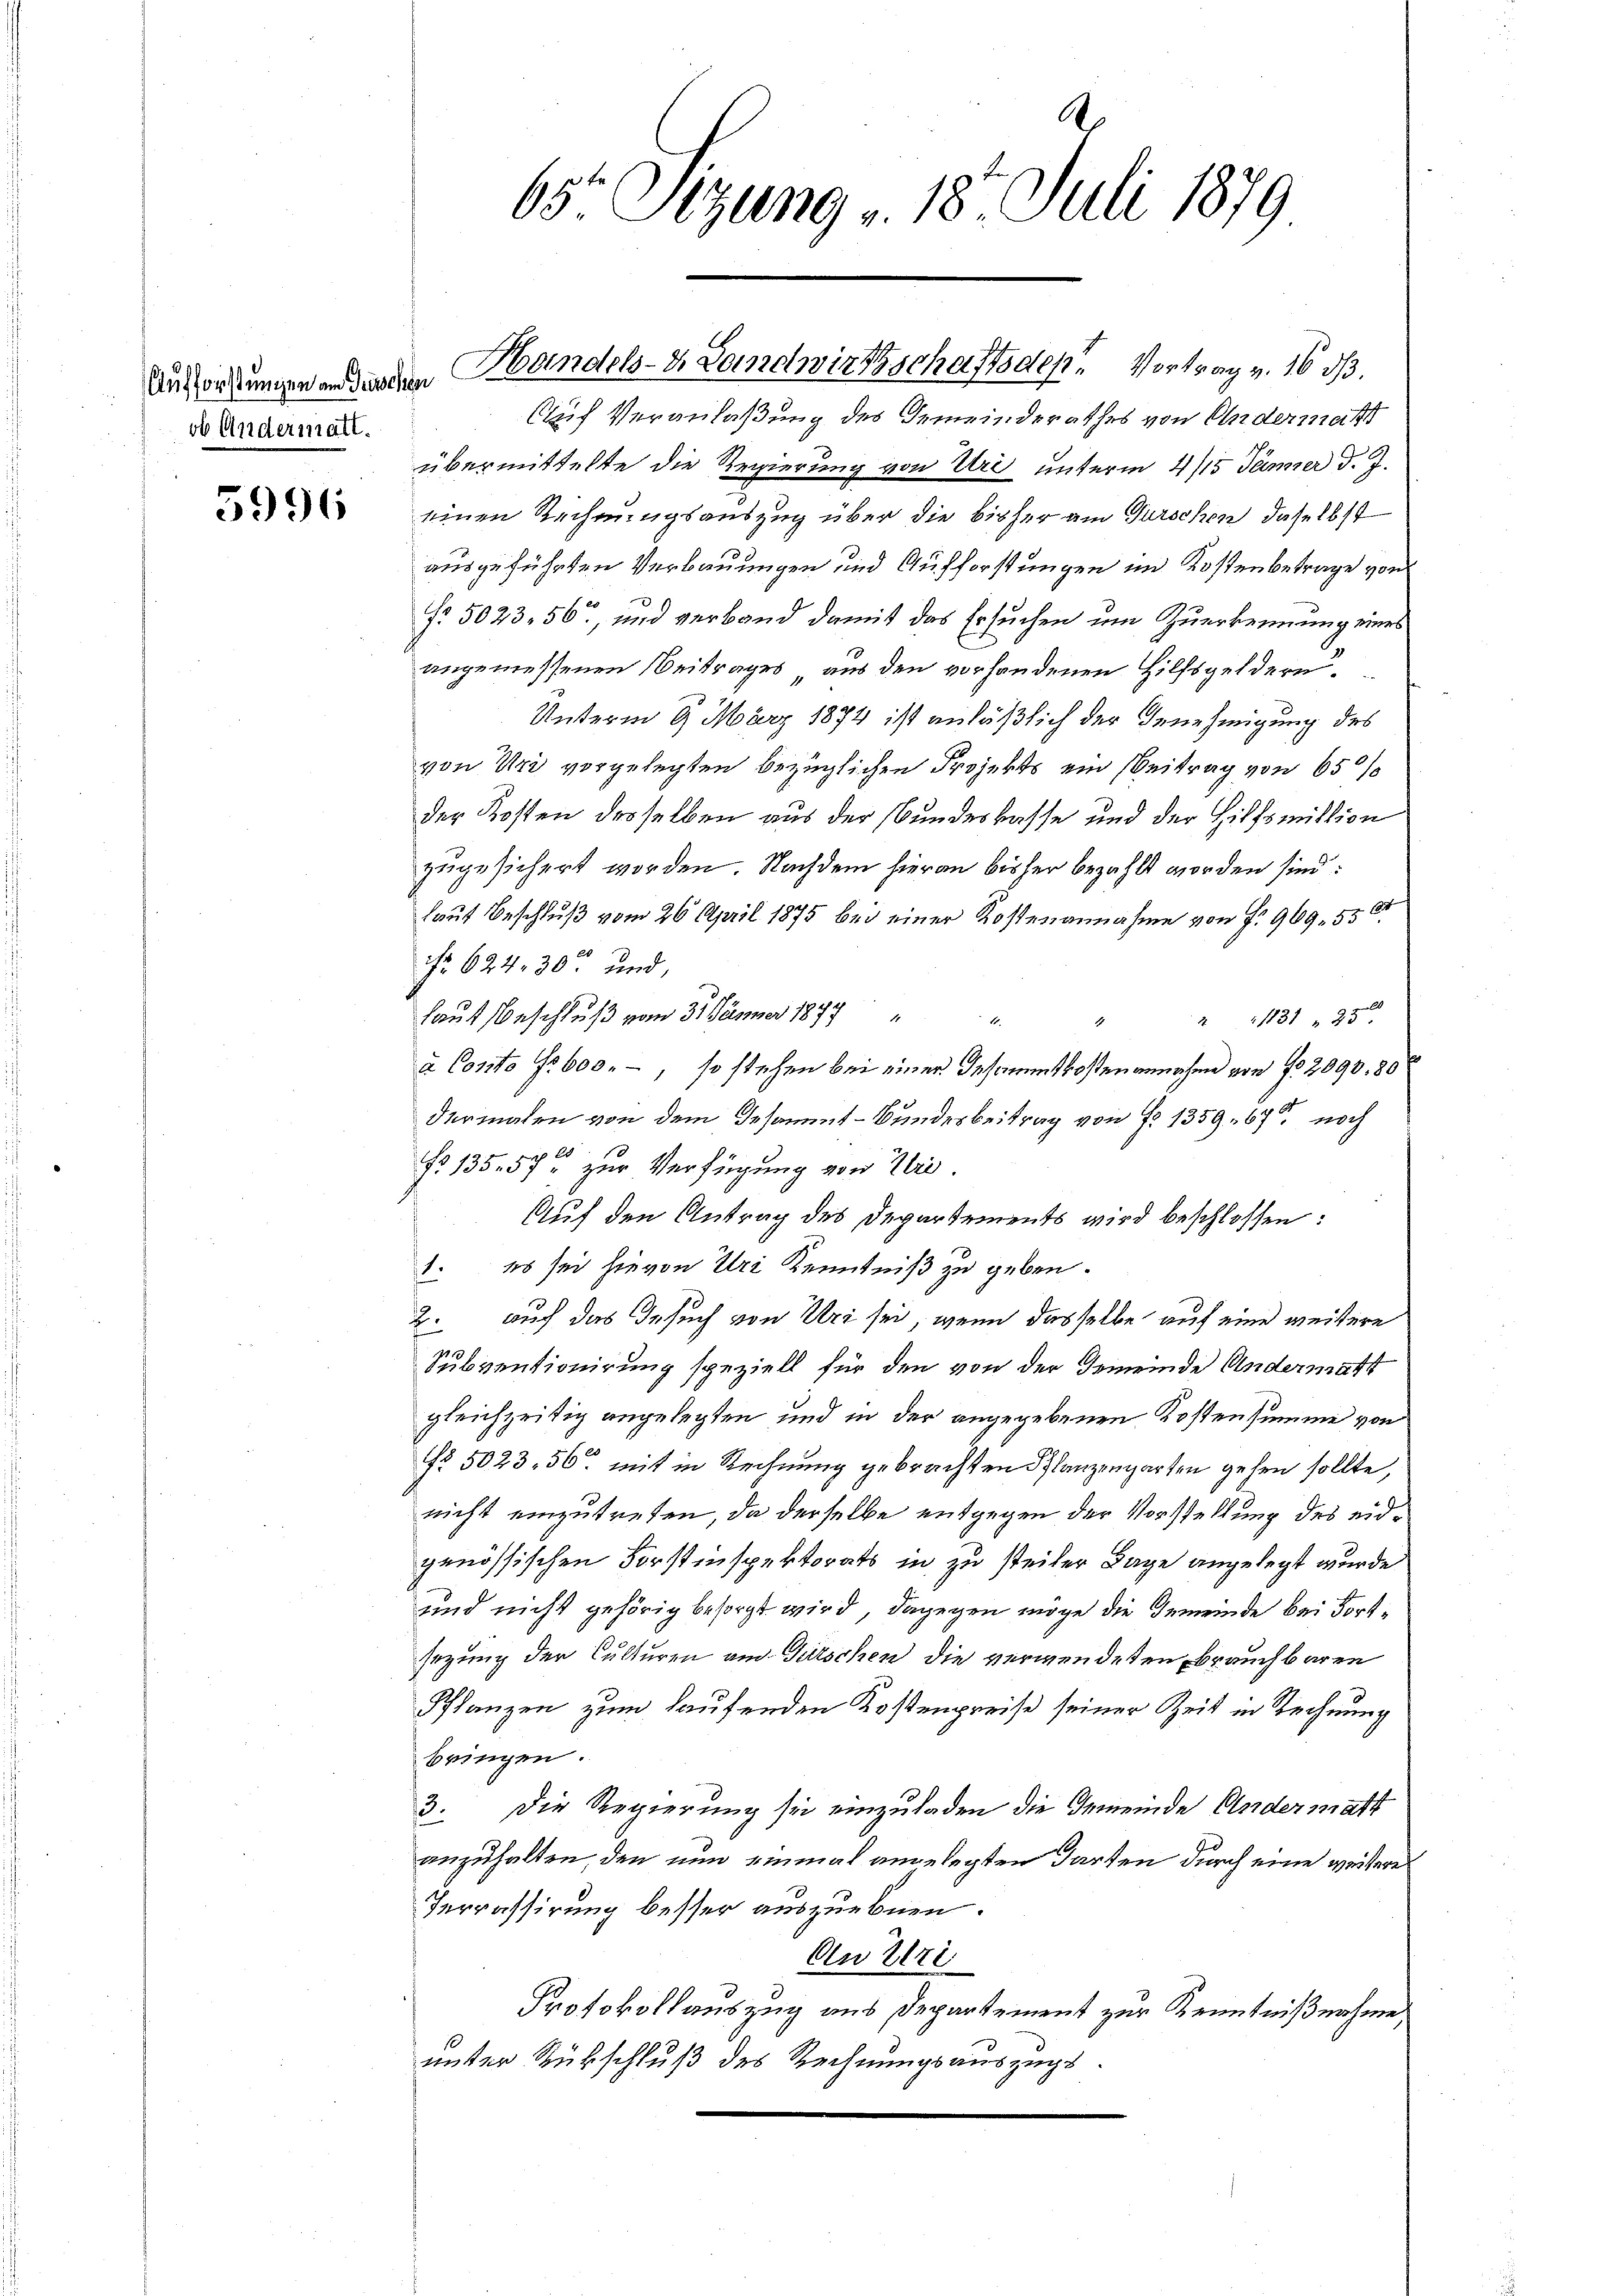
ob Andermatt.

Auf Veranlaßung des Gemeinderathes von Andermatt
übermittelte die Regierung von Uri unterm 4/15 Jänner d. J.
 einen Rechnŭngsauszug über die bisher am Gurschen daselbst
ausgeführten Verbauungen und Aufforstungen im Kostenbetrage von
§. 5023, 56, und verband damit das Ersuchen um Zuerkennung eines
angemessenen Beitrages, aus den vorhandenen Hilfsgeldern,
Unterm 9. März 1874 ist anläßlich der Genehmigung des
von Uri vorgelegten bezüglichen Projekts ein Beitrag von 650%
der Kosten desselben aus der Bundeskasse und der Hilfsmittion
zugesichert worden. Nachdem hieran bisher bezahlt worden sind:
laut Beschluß vom 26. April 1875 bei einer Kostenannahme von P. 969, 55 x
Nr 624. 30 und,
laut Beschluß vom 31. Jänner 1877
1131 " 250

1
à Conto f. 600.-, so stehen bei einer Insammtkostenannahme von No 2090, 80
dermalen von dem Gesammt-Bundesbeitrag von No 1359. 67 noch
20
No 135. 57 zur Verfügung von Uri.
Auf den Antrag des Departements wird beschlossen:
1. es sei hievon Uri Kenntniß zu geben.
2. auf das Gesuch von Uri sei, wenn dasselbe auf eine weitere
Subventionirung speziell für den von der Gemeinde Andermatt
gleichzeitig angelegten und in der angegebenen Kostensumme von
No 5023, 56 mit in Rechnung gebrachten Pflanzengarten gehen sollte,
nicht einzutreten, da derselbe entgegen der Vorstellung des eidgenössischen Forstinspektorats in zu steiler Tage angelegt wurde
und nicht gehörig besorgt wird, dagegen möge die Gemeinde bei Fortsezung der Culturen am Gutschen die verwendeten Brauchbaren
Pflanzen zum laufenden Kostenpreise seiner Zeit in Rechnung
bringen.
3. Die Regierung sei einzuladen die Gemeinde Andermatt
anzuhalten, den nun einmal angelegten Karten durch eine weitere
Terrassirung besser auszuebnen.
An Eri
Protokollauszug aus Departement zur Kenntnißnahme
unter Rückschluß des Rechnungsauszugs¬

A.
65 Sizung v. 18. Juli 1879

Ausordungen an der dem Handels- & Landwirtschafts des Vortrag v. 16 ds.